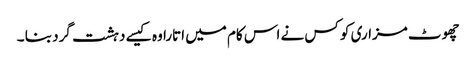
چھوٹ مزاری کو کس نے اس کام میں اتارا وہ کیسے دہشت گرد بنا ۔